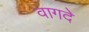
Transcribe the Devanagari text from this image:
वागदे